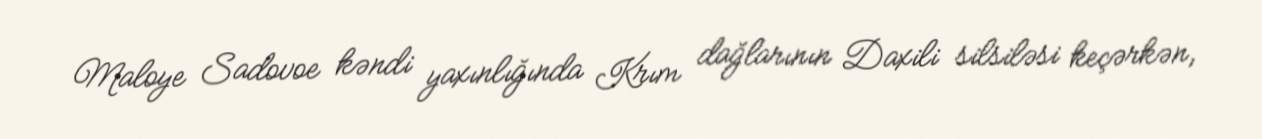
Maloye Sadovoe kəndi yaxınlığında Krım dağlarının Daxili silsiləsi keçərkən,